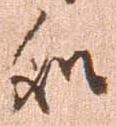
処